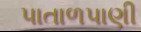
પાતાળપાણી